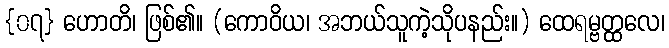
{၀၇} ဟောတိ၊ ဖြစ်၏။ (ကောဝိယ၊ အဘယ်သူကဲ့သိုပနည်း။) ထေရမ္ဗတ္ထလေ၊